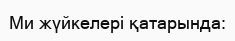
Ми жүйкелері қатарында: